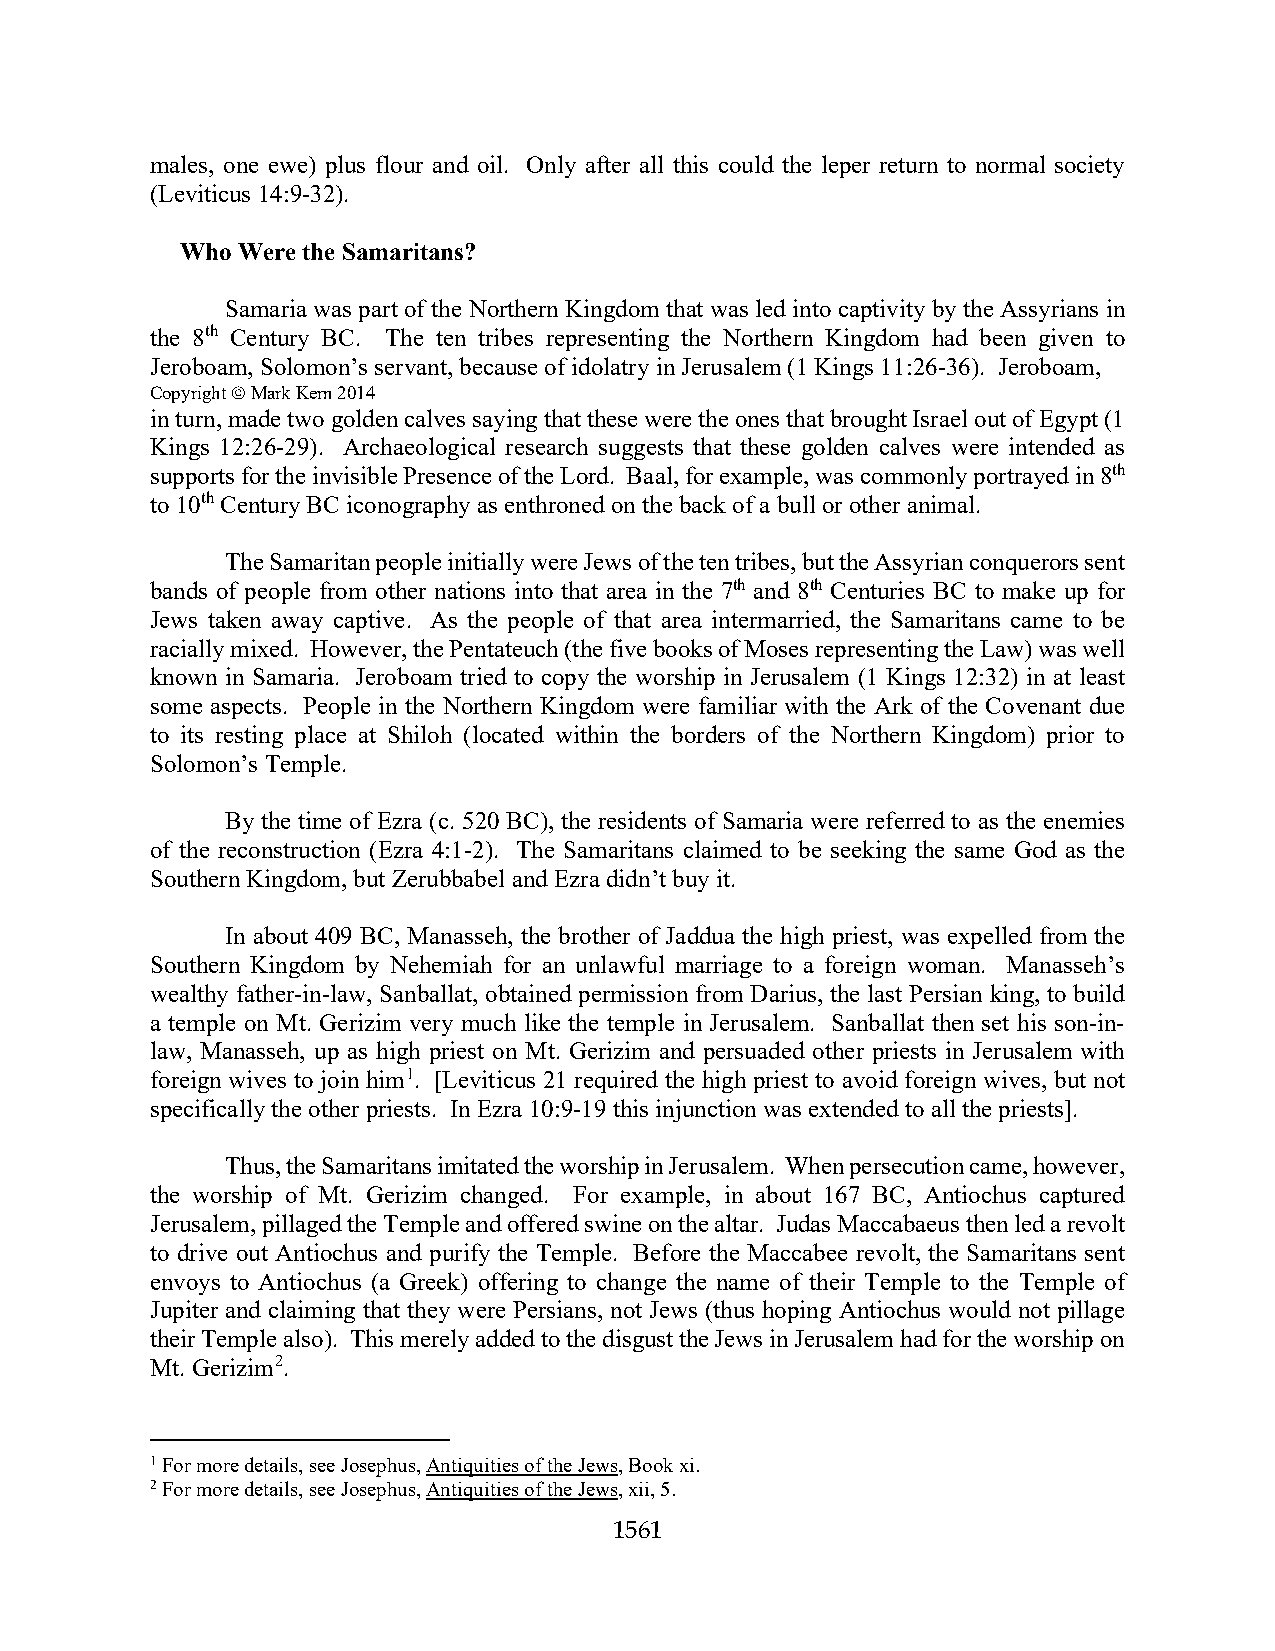
males, one ewe) plus flour and oil. Only after all this could the leper return to normal society
 (Leviticus 14:9-32).
 Who Were the Samaritans?
 Samaria was part of the Northern Kingdom that was led into captivity by the Assyrians in
 the 8th Century BC. The ten tribes representing the Northern Kingdom had been given to
 Jeroboam, Solomon’s servant, because of idolatry in Jerusalem (1 Kings 11:26-36). Jeroboam,
 Copyright  Mark Kern 2014
 in turn, made two golden calves saying that these were the ones that brought Israel out of Egypt (1
 Kings 12:26-29). Archaeological research suggests that these golden calves were intended as
 supports for the invisible Presence of the Lord. Baal, for example, was commonly portrayed in 8th
 to 10th Century BC iconography as enthroned on the back of a bull or other animal.
 The Samaritan people initially were Jews of the ten tribes, but the Assyrian conquerors sent
 bands of people from other nations into that area in the 7th and 8th Centuries BC to make up for
 Jews taken away captive. As the people of that area intermarried, the Samaritans came to be
 racially mixed. However, the Pentateuch (the five books of Moses representing the Law) was well
 known in Samaria. Jeroboam tried to copy the worship in Jerusalem (1 Kings 12:32) in at least
 some aspects. People in the Northern Kingdom were familiar with the Ark of the Covenant due
 to its resting place at Shiloh (located within the borders of the Northern Kingdom) prior to
 Solomon’s Temple.
 By the time of Ezra (c. 520 BC), the residents of Samaria were referred to as the enemies
 of the reconstruction (Ezra 4:1-2). The Samaritans claimed to be seeking the same God as the
 Southern Kingdom, but Zerubbabel and Ezra didn’t buy it.
 In about 409 BC, Manasseh, the brother of Jaddua the high priest, was expelled from the
 Southern Kingdom by Nehemiah for an unlawful marriage to a foreign woman. Manasseh’s
 wealthy father-in-law, Sanballat, obtained permission from Darius, the last Persian king, to build
 a temple on Mt. Gerizim very much like the temple in Jerusalem. Sanballat then set his son-in-
 law, Manasseh, up as high priest on Mt. Gerizim and persuaded other priests in Jerusalem with
 foreign wives to join him1. [Leviticus 21 required the high priest to avoid foreign wives, but not
 specifically the other priests. In Ezra 10:9-19 this injunction was extended to all the priests].
 Thus, the Samaritans imitated the worship in Jerusalem. When persecution came, however,
 the worship of Mt. Gerizim changed. For example, in about 167 BC, Antiochus captured
 Jerusalem, pillaged the Temple and offered swine on the altar. Judas Maccabaeus then led a revolt
 to drive out Antiochus and purify the Temple. Before the Maccabee revolt, the Samaritans sent
 envoys to Antiochus (a Greek) offering to change the name of their Temple to the Temple of
 Jupiter and claiming that they were Persians, not Jews (thus hoping Antiochus would not pillage
 their Temple also). This merely added to the disgust the Jews in Jerusalem had for the worship on
 Mt. Gerizim2.
 1 For more details, see Josephus, Antiquities of the Jews, Book xi.
 2 For more details, see Josephus, Antiquities of the Jews, xii, 5.
 1561